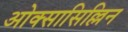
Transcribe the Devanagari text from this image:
ओक्सासिल्लिन